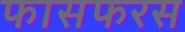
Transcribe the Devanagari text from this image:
फासफरस